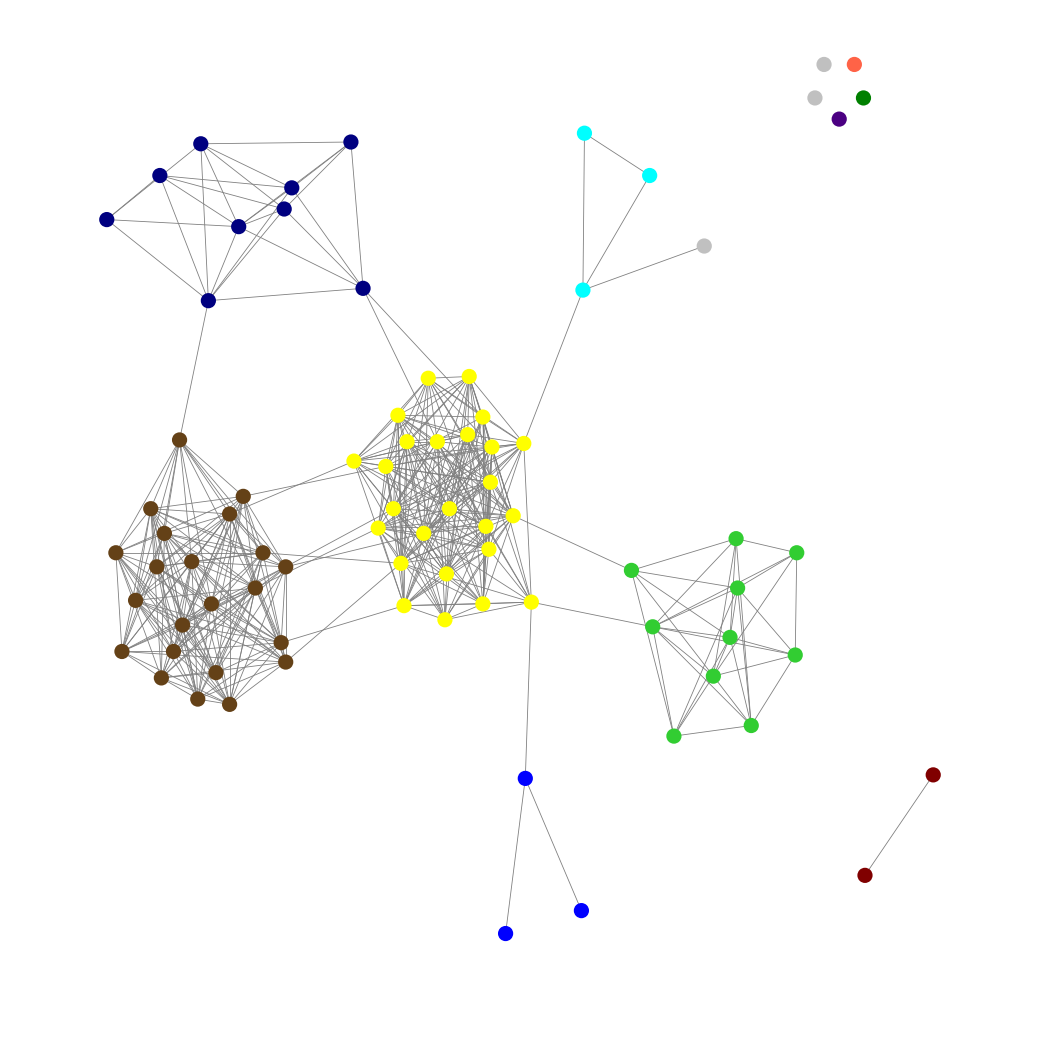
Graph connected: No
Number of connected components: 7
Number of singletons: 5
Total number of nodes: 80
Total number of edges: 458
Number of communities: 11
Community sizes:
Aqua: 3
Blue: 3
Green: 1
Indigo: 1
Lime Green: 10
Maroon: 2
Navy: 9
Pullman Brown: 22
Silver: 3
Tomato: 1
Yellow: 25
Graph layout: tda
Graph generation method: erdos_renyi